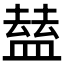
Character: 𥂊